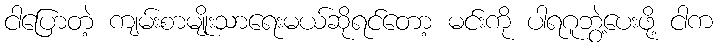
ငါပြောတဲ့ ကျမ်းစာမျိုးသာရေးမယ်ဆိုရင်တော့ မင်းကို ပါရဂူဘွဲ့ပေးဖို့ ငါက